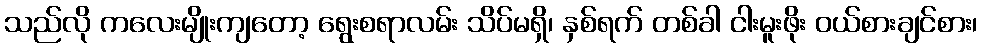
သည်လို ကလေးမျိုးကျတော့ ရွေးစရာလမ်း သိပ်မရှိ၊ နှစ်ရက် တစ်ခါ ငါးမူးဖိုး ဝယ်စားချင်စား၊